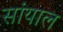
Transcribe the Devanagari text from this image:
सांयाल